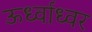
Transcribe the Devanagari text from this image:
ऊर्ध्वाध्वर